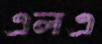
এলএ